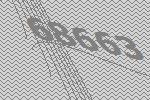
68663